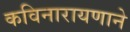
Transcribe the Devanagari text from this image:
कविनारायणाने